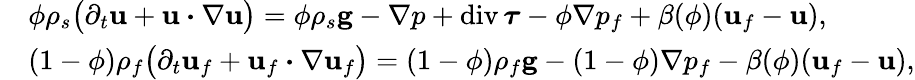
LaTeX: \begin{array}{rl}&{\phi\rho_{s}\big(\partial_{t}{\mathbf u}+{\mathbf u}\boldsymbol{\cdot}\nabla{\mathbf u}\big)=\phi\rho_{s}{\mathbf g}-\nabla p+\mathrm{div}\, \boldsymbol{\tau}-\phi\nabla p_{f}+\beta(\phi)({\mathbf u}_{f}-{\mathbf u}),}\\ &{(1-\phi)\rho_{f}\big(\partial_{t}{\mathbf u}_{f}+{\mathbf u}_{f}\boldsymbol{\cdot}\nabla{\mathbf u}_{f}\big)=(1-\phi)\rho_{f}{\mathbf g}-(1-\phi)\nabla p_{f}-\beta(\phi)({\mathbf u}_{f}-{\mathbf u}),}\end{array}